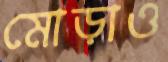
মোড়াও